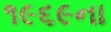
૧૯૬૯ના